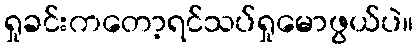
ရှုခင်းကတော့ရင်သပ်ရှုမောဖွယ်ပဲ။